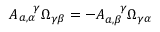
A _ { a , \alpha } ^ { ~ ~ ~ \gamma } \Omega _ { \gamma \beta } = - A _ { a , \beta } ^ { ~ ~ ~ \gamma } \Omega _ { \gamma \alpha }